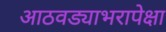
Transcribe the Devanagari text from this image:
आठवड्याभरापेक्षा